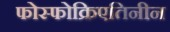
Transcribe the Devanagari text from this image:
फोस्फोक्रिएतिनीन